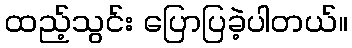
ထည့်သွင်း ပြောပြခဲ့ပါတယ်။